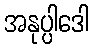
အနုပ္ပါဒေါ